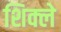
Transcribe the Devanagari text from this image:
शिक्ले